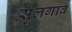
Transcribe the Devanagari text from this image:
सुलगाव